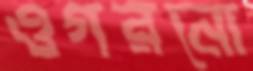
ওগরনো